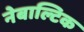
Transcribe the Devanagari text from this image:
नेबाल्टिक